Civil Veterinary Dept. Bombay admin report 1923-31 - 1923-1931
Year: 1923
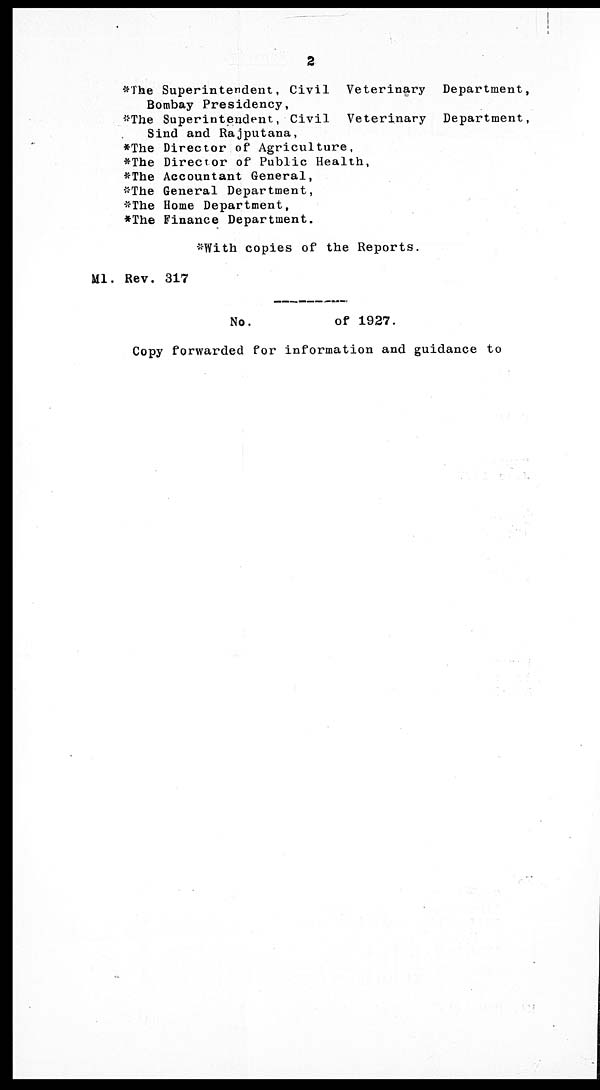
2
*The Superintendent, Civil Veterinary Department,
Bombay Presidency,
*The Superintendent, Civil Veterinary Department,
Sind and Rajputana,
*The Director of Agriculture,
*The Director of Public Health,
*The Accountant General,
*The General Department,
*The Home Department,
*The Finance Department.
*With copies of the Reports.
Ml. Rev. 317
No.
of 1927.
Copy forwarded for information and guidance to